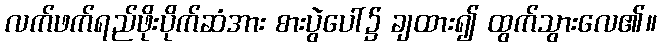
လက်ဖက်ရည်ဖိုးပိုက်ဆံအား စားပွဲပေါ်၌ ချထား၍ ထွက်သွားလေ၏။